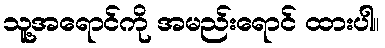
သူ့အရောင်ကို အမည်းရောင် ထားပါ။